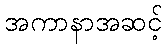
အကာနာအဆင့်